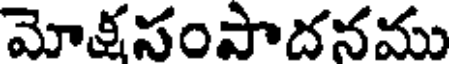
మోక్షసంపాదనము